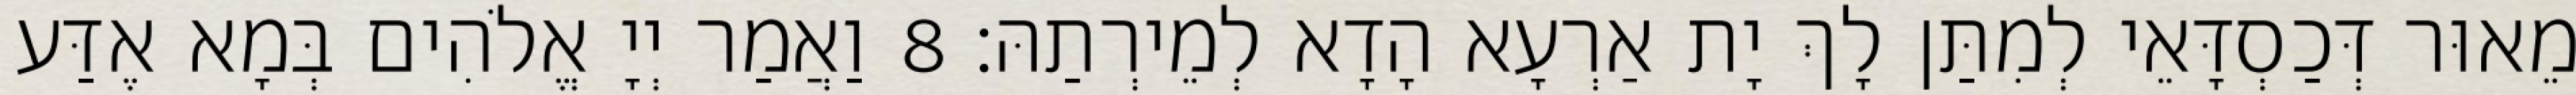
מֵאוּר דְּכַסְדָּאֵי לְמִתַּן לָךְ יָת אַרְעָא הָדָא לְמֵירְתַהּ׃ 8 וַאֲמַר יְיָ אֱלֹהִים בְּמָא אֶדַּע